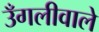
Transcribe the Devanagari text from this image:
उँगलीवाले